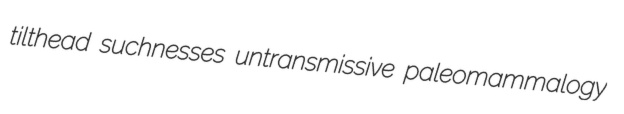
tilthead suchnesses untransmissive paleomammalogy